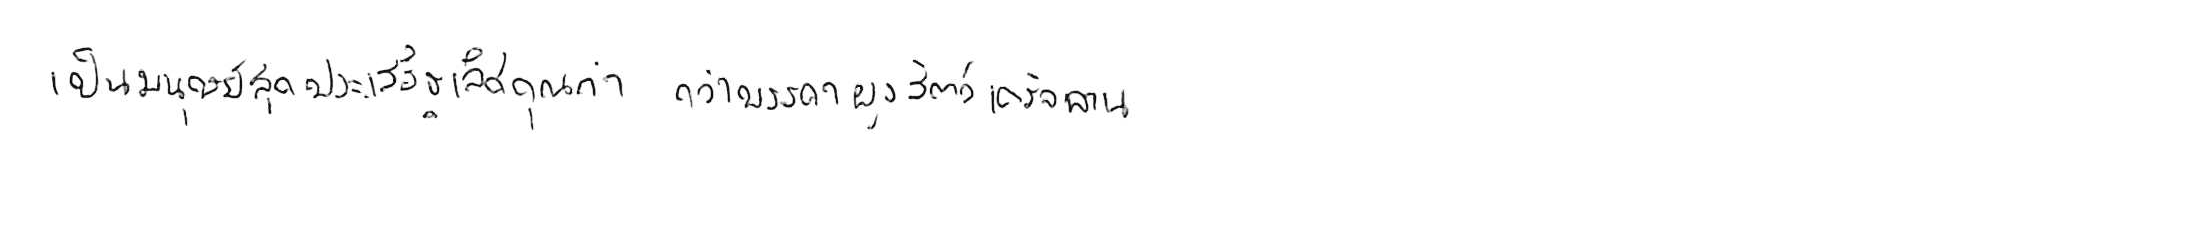
เป็นมนุษย์สุดประเสริฐเลิศคุณค่า กว่าบรรดาฝูงสัตว์เดรัจฉาน